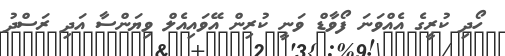
ހޯދި ކުރީގެ އެއްވަނަ ފޯވާޑް ވަނީ ކުރިން އޭވައިއެލް ވިޔަންސާ އަދި ރަސްދު